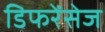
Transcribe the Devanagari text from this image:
डिफरेंसेज